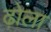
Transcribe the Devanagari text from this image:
ढ़ोला